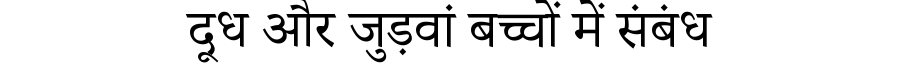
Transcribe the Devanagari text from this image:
दूध और जुड़वां बच्चों में संबंध